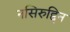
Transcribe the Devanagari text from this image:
नसिरुद्दिन